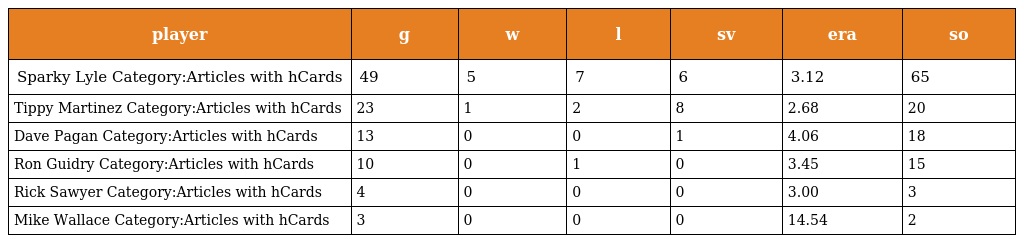
| player | g | w | l | sv | era | so |
 | --- | --- | --- | --- | --- | --- | --- |
 | Sparky Lyle Category:Articles with hCards | 49 | 5 | 7 | 6 | 3.12 | 65 |
 | Tippy Martinez Category:Articles with hCards | 23 | 1 | 2 | 8 | 2.68 | 20 |
 | Dave Pagan Category:Articles with hCards | 13 | 0 | 0 | 1 | 4.06 | 18 |
 | Ron Guidry Category:Articles with hCards | 10 | 0 | 1 | 0 | 3.45 | 15 |
 | Rick Sawyer Category:Articles with hCards | 4 | 0 | 0 | 0 | 3.00 | 3 |
 | Mike Wallace Category:Articles with hCards | 3 | 0 | 0 | 0 | 14.54 | 2 |